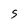
Character: S